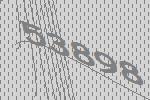
53898